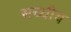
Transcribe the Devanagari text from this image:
सच्चीय